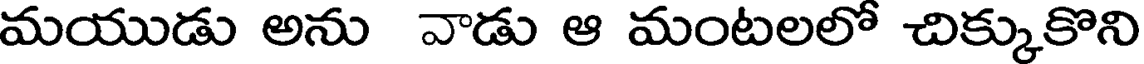
మయుడు అను వాడు ఆ మంటలలో చిక్కుకొని